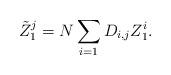
LaTeX: \begin{align*} \tilde{Z}_1^j = N \sum_{i=1} D_{i,j}Z_1^i.\end{align*}